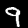
Digit: 9